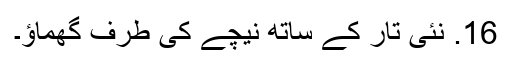
16. نئی تار کے ساتھ نیچے کی طرف گھماؤ۔